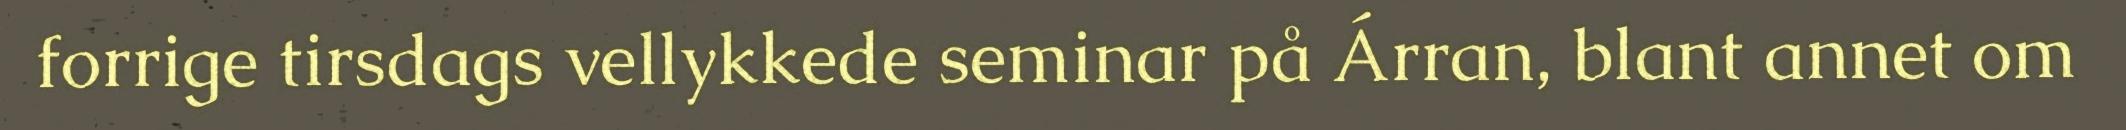
forrige tirsdags vellykkede seminar på Árran, blant annet om